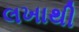
લખાથી